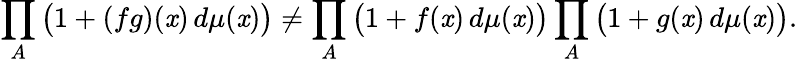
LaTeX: \prod_{A}{\big(}1+(fg)(\mathit{x})\, d\mu(\mathit{x}){\big)}\neq\prod_{A}{\big(}1+f(\mathit{x})\, d\mu(\mathit{x}){\big)}\prod_{A}{\big(}1+g(\mathit{x})\, d\mu(\mathit{x}){\big)}.